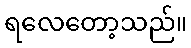
ရလေတော့သည်။